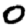
Digit: 0